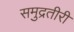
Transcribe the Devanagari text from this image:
समुद्रतीरीं